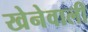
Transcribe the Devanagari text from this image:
खेनेवाली